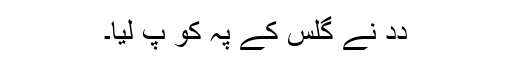
دِدِ نے گِلس کے پہِ کو پِ لِیا۔